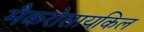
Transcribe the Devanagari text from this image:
मैकरोसायकिल